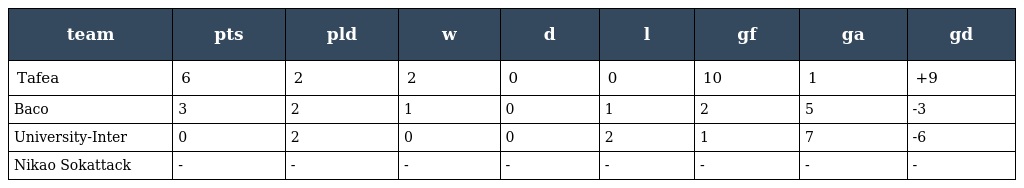
| team | pts | pld | w | d | l | gf | ga | gd |
 | --- | --- | --- | --- | --- | --- | --- | --- | --- |
 | Tafea | 6 | 2 | 2 | 0 | 0 | 10 | 1 | +9 |
 | Baco | 3 | 2 | 1 | 0 | 1 | 2 | 5 | -3 |
 | University-Inter | 0 | 2 | 0 | 0 | 2 | 1 | 7 | -6 |
 | Nikao Sokattack | - | - | - | - | - | - | - | - |